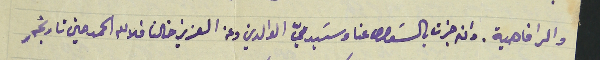
والرفاهية. وان جرات بالسَوال عنا وسَيديّ الوالدين وعن العزيز خالنا فلالله الحمد حين تاريخهِ